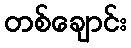
တစ်ချောင်း